Lunatic asylums Bombay report 1891-1903 - 1891-1903
Year: 1891
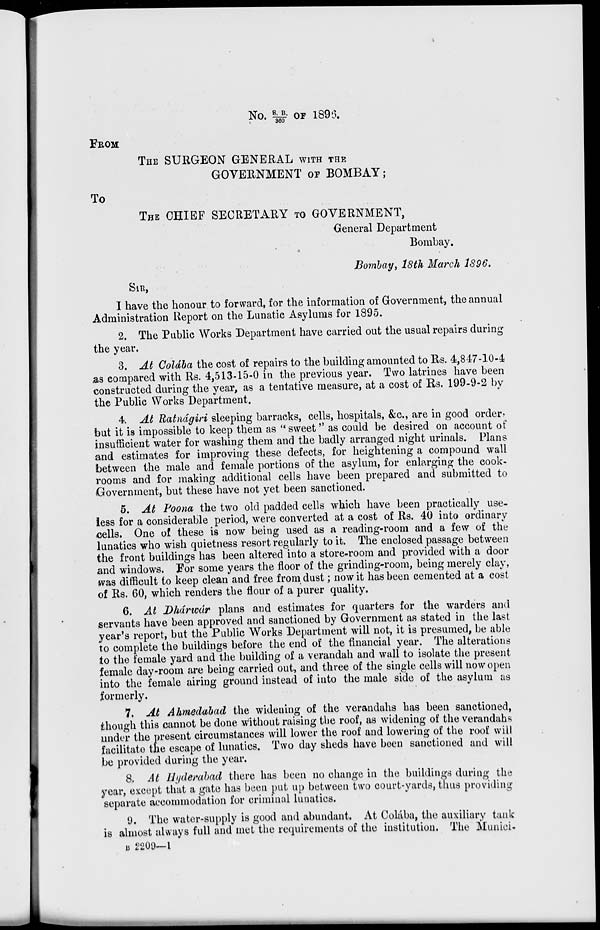
No. S.B./360 OF 1896.
FROM
THE SURGEON GENERAL WITH THE
GOVERNMENT OF BOMBAY;
To
THE CHIEF SECRETARY TO GOVERNMENT,
General Department
Bombay.
Bombay, 18th March 1896.
SIR,
I have the honour to forward, for the information of Government, the annual
Administration Report on the Lunatic Asylums for 1895.
2. The Public Works Department have carried out the usual repairs during
the year.
3. At Colába the cost of repairs to the building amounted to Rs. 4,847-10-4
as compared with Rs. 4,513-15-0 in the previous year. Two latrines have been
constructed during the year, as a tentative measure, at a cost of Rs. 199-9-2 by
the Public Works Department.
4. At Ratnágiri sleeping barracks, cells, hospitals, &c., are in good order,
but it is impossible to keep them as " sweet" as could be desired on account of
insufficient water for washing them and the badly arranged night urinals. Plans
and estimates for improving these defects, for heightening a compound wall
between the male and female portions of the asylum, for enlarging the cook-
rooms and for making additional cells have been prepared and submitted to
Government, but these have not yet been sanctioned.
5. At Poona the two old padded cells which have been practically use-
less for a considerable period, were converted at a cost of Rs. 40 into ordinary
cells. One of these is now being used as a reading-room and a few of the
lunatics who wish quietness resort regularly to it. The enclosed passage between
the front buildings has been altered into a store-room and provided with a door
and windows. For some years the floor of the grinding-room, being merely clay,
was difficult to keep clean and free from dust ; now it has been cemented at a cost
of Rs. 60, which renders the flour of a purer quality.
6. At Dhárwár plans and estimates for quarters for the warders and
servants have been approved and sanctioned by Government as stated in the last
year's report, but the Public Works Department will not, it is presumed, be able
to complete the buildings before the end of the financial year. The alterations
to the female yard and the building of a verandah and wall to isolate the present
female day-room are being carried out, and three of the single cells will now open
into the female airing ground instead of into the male side of the asylum as
formerly.
7. At Ahmedabad the widening of the verandahs has been sanctioned,
though this cannot be done without raising the roof, as widening of the verandahs
under the present circumstances will lower the roof and lowering of the roof will
facilitate the escape of lunatics. Two day sheds have been sanctioned and will
be provided during the year.
8. At Hyderabad there has been no change in the buildings during the
year, except that a gate has been put up between two court-yards, thus providing
separate accommodation for criminal lunatics.
9. The water-supply is good and abundant. At Colába, the auxiliary tank
is almost always full and met the requirements of the institution. The Munici-
B 2209—1